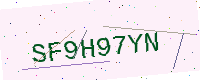
Text: SF9H97YN